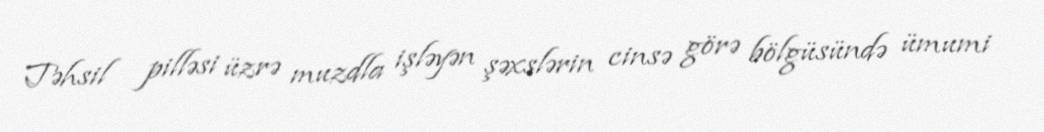
Təhsil pilləsi üzrə muzdla işləyən şəxslərin cinsə görə bölgüsündə ümumi